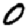
Digit: 0